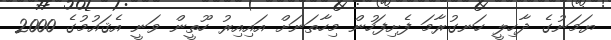
ޔަމަނުގެ ދާހިލީ ހަނގުރާމަ ފެށިފަހުން މިހާތަނަށް އައިއިރު ހޫތީން ވަނީ އެޤައުމުގެ 2000